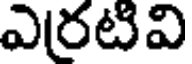
ఎరటివి